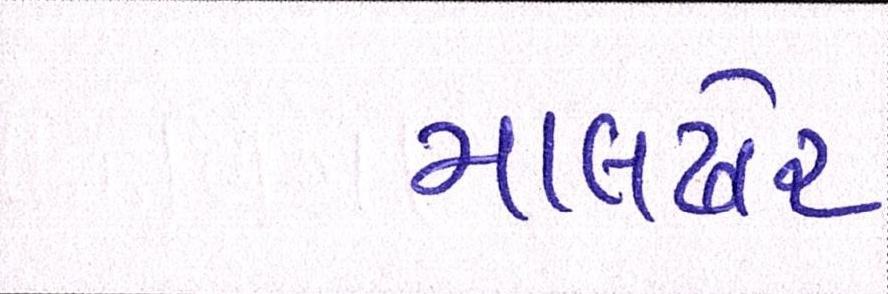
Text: માલઢોર